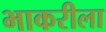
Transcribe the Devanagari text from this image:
भाकरीला